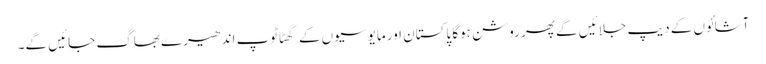
آشائوں کے دیپ جلائیں گے پھر روشن ہوگا پاکستان اور مایوسیوں کے گھٹاٹوپ اندھیرے بھاگ جائیں گے۔